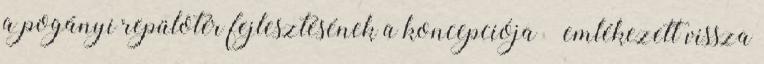
a pogányi repülôtér fejlesztésének a koncepciója – emlékezett vissza